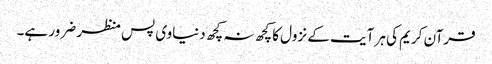
قرآن کریم کی ہر آیت کے نزول کا کچھ نہ کچھ دنیاوی پس منظر ضرور ہے۔